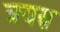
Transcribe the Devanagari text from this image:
त्रयस्र